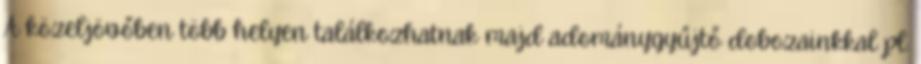
A közeljövőben több helyen találkozhatnak majd adománygyűjtő dobozainkkal pl.